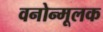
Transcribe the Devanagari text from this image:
वनोन्मूलक